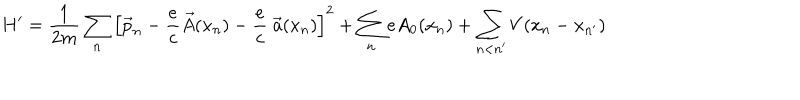
LaTeX: H ^ { \prime } = \frac { 1 } { 2 m } \sum _ { n } \left[ \vec { p } _ { n } - \frac { e } { c } \vec { A } ( x _ { n } ) - \frac { e } { c } \; \vec { a } ( x _ { n } ) \right] ^ { 2 } + \sum _ { n } e A _ { 0 } ( x _ { n } ) + \sum _ { n < n ^ { \prime } } V ( x _ { n } - x _ { n ^ { \prime } } )